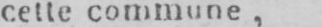
cette commune,